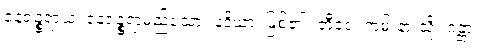
နေရဉ္စရာယ၊ နေရဉ္စရာမည်သော။ နဒိယာ၊ မြစ်၏။ တီရေ၊ ကမ်းနားသို့။ ဂန္တာ၊